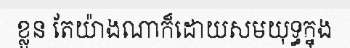
ខ្លួន តែយ៉ាងណាក៏ដោយសមយុទ្ធក្នុង